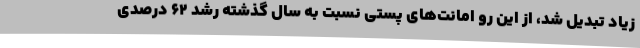
زیاد تبدیل شد، از این رو امانت‌های پستی نسبت به سال گذشته رشد ۶۲ درصدی